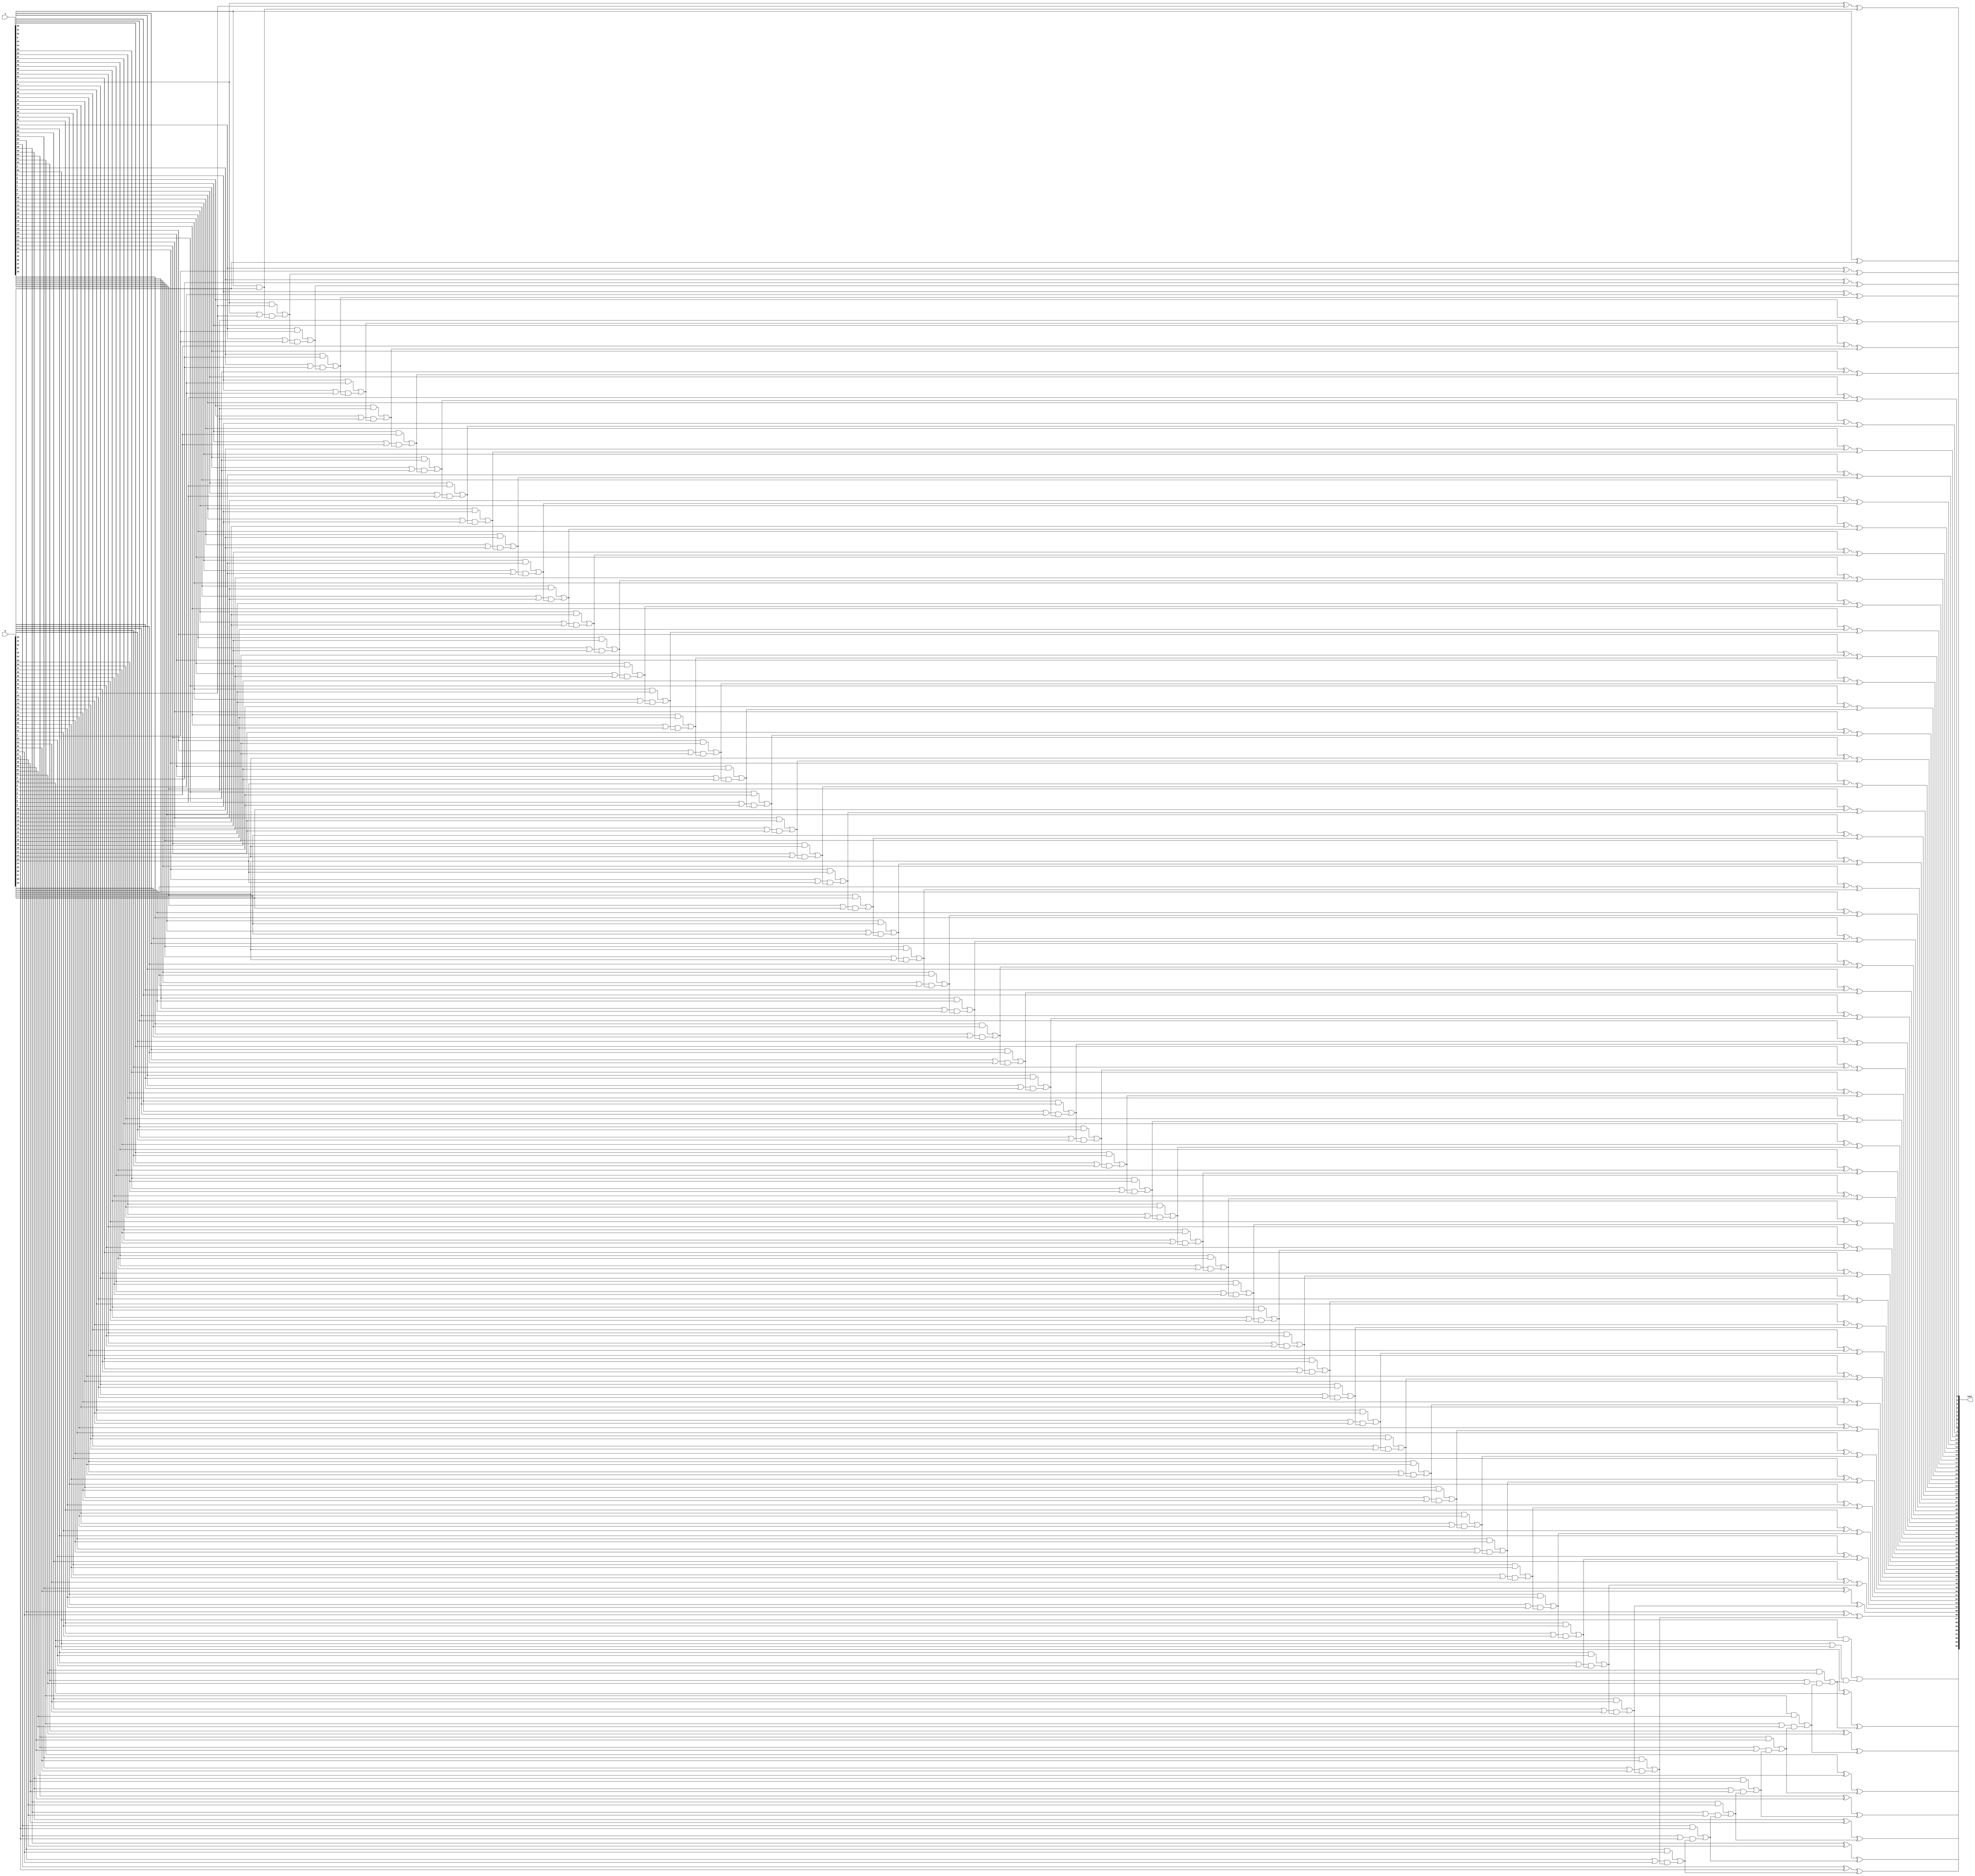
`timescale 1ns / 1ps
//ripple carry adder
module adder1(
	input [63:0]a,
	input [63:0]b,
	output reg [64:0]sout
);
	reg [64:0]cin_next=64'd0;
	always@(*)begin
sout[0] = a[0] ^ b[0] ^ cin_next[0];
cin_next[1] = (a[0] & b[0]) | ((a[0] | b[0]) & cin_next[0]);

sout[1] = a[1] ^ b[1] ^ cin_next[1];
cin_next[2] = (a[1] & b[1]) | ((a[1] | b[1]) & cin_next[1]);

sout[2] = a[2] ^ b[2] ^ cin_next[2];
cin_next[3] = (a[2] & b[2]) | ((a[2] | b[2]) & cin_next[2]);

sout[3] = a[3] ^ b[3] ^ cin_next[3];
cin_next[4] = (a[3] & b[3]) | ((a[3] | b[3]) & cin_next[3]);

sout[4] = a[4] ^ b[4] ^ cin_next[4];
cin_next[5] = (a[4] & b[4]) | ((a[4] | b[4]) & cin_next[4]);

sout[5] = a[5] ^ b[5] ^ cin_next[5];
cin_next[6] = (a[5] & b[5]) | ((a[5] | b[5]) & cin_next[5]);

sout[6] = a[6] ^ b[6] ^ cin_next[6];
cin_next[7] = (a[6] & b[6]) | ((a[6] | b[6]) & cin_next[6]);

sout[7] = a[7] ^ b[7] ^ cin_next[7];
cin_next[8] = (a[7] & b[7]) | ((a[7] | b[7]) & cin_next[7]);

sout[8] = a[8] ^ b[8] ^ cin_next[8];
cin_next[9] = (a[8] & b[8]) | ((a[8] | b[8]) & cin_next[8]);

sout[9] = a[9] ^ b[9] ^ cin_next[9];
cin_next[10] = (a[9] & b[9]) | ((a[9] | b[9]) & cin_next[9]);

sout[10] = a[10] ^ b[10] ^ cin_next[10];
cin_next[11] = (a[10] & b[10]) | ((a[10] | b[10]) & cin_next[10]);

sout[11] = a[11] ^ b[11] ^ cin_next[11];
cin_next[12] = (a[11] & b[11]) | ((a[11] | b[11]) & cin_next[11]);

sout[12] = a[12] ^ b[12] ^ cin_next[12];
cin_next[13] = (a[12] & b[12]) | ((a[12] | b[12]) & cin_next[12]);

sout[13] = a[13] ^ b[13] ^ cin_next[13];
cin_next[14] = (a[13] & b[13]) | ((a[13] | b[13]) & cin_next[13]);

sout[14] = a[14] ^ b[14] ^ cin_next[14];
cin_next[15] = (a[14] & b[14]) | ((a[14] | b[14]) & cin_next[14]);

sout[15] = a[15] ^ b[15] ^ cin_next[15];
cin_next[16] = (a[15] & b[15]) | ((a[15] | b[15]) & cin_next[15]);

sout[16] = a[16] ^ b[16] ^ cin_next[16];
cin_next[17] = (a[16] & b[16]) | ((a[16] | b[16]) & cin_next[16]);

sout[17] = a[17] ^ b[17] ^ cin_next[17];
cin_next[18] = (a[17] & b[17]) | ((a[17] | b[17]) & cin_next[17]);

sout[18] = a[18] ^ b[18] ^ cin_next[18];
cin_next[19] = (a[18] & b[18]) | ((a[18] | b[18]) & cin_next[18]);

sout[19] = a[19] ^ b[19] ^ cin_next[19];
cin_next[20] = (a[19] & b[19]) | ((a[19] | b[19]) & cin_next[19]);

sout[20] = a[20] ^ b[20] ^ cin_next[20];
cin_next[21] = (a[20] & b[20]) | ((a[20] | b[20]) & cin_next[20]);

sout[21] = a[21] ^ b[21] ^ cin_next[21];
cin_next[22] = (a[21] & b[21]) | ((a[21] | b[21]) & cin_next[21]);

sout[22] = a[22] ^ b[22] ^ cin_next[22];
cin_next[23] = (a[22] & b[22]) | ((a[22] | b[22]) & cin_next[22]);

sout[23] = a[23] ^ b[23] ^ cin_next[23];
cin_next[24] = (a[23] & b[23]) | ((a[23] | b[23]) & cin_next[23]);

sout[24] = a[24] ^ b[24] ^ cin_next[24];
cin_next[25] = (a[24] & b[24]) | ((a[24] | b[24]) & cin_next[24]);

sout[25] = a[25] ^ b[25] ^ cin_next[25];
cin_next[26] = (a[25] & b[25]) | ((a[25] | b[25]) & cin_next[25]);

sout[26] = a[26] ^ b[26] ^ cin_next[26];
cin_next[27] = (a[26] & b[26]) | ((a[26] | b[26]) & cin_next[26]);

sout[27] = a[27] ^ b[27] ^ cin_next[27];
cin_next[28] = (a[27] & b[27]) | ((a[27] | b[27]) & cin_next[27]);

sout[28] = a[28] ^ b[28] ^ cin_next[28];
cin_next[29] = (a[28] & b[28]) | ((a[28] | b[28]) & cin_next[28]);

sout[29] = a[29] ^ b[29] ^ cin_next[29];
cin_next[30] = (a[29] & b[29]) | ((a[29] | b[29]) & cin_next[29]);

sout[30] = a[30] ^ b[30] ^ cin_next[30];
cin_next[31] = (a[30] & b[30]) | ((a[30] | b[30]) & cin_next[30]);

sout[31] = a[31] ^ b[31] ^ cin_next[31];
cin_next[32] = (a[31] & b[31]) | ((a[31] | b[31]) & cin_next[31]);

sout[32] = a[32] ^ b[32] ^ cin_next[32];
cin_next[33] = (a[32] & b[32]) | ((a[32] | b[32]) & cin_next[32]);

sout[33] = a[33] ^ b[33] ^ cin_next[33];
cin_next[34] = (a[33] & b[33]) | ((a[33] | b[33]) & cin_next[33]);

sout[34] = a[34] ^ b[34] ^ cin_next[34];
cin_next[35] = (a[34] & b[34]) | ((a[34] | b[34]) & cin_next[34]);

sout[35] = a[35] ^ b[35] ^ cin_next[35];
cin_next[36] = (a[35] & b[35]) | ((a[35] | b[35]) & cin_next[35]);

sout[36] = a[36] ^ b[36] ^ cin_next[36];
cin_next[37] = (a[36] & b[36]) | ((a[36] | b[36]) & cin_next[36]);

sout[37] = a[37] ^ b[37] ^ cin_next[37];
cin_next[38] = (a[37] & b[37]) | ((a[37] | b[37]) & cin_next[37]);

sout[38] = a[38] ^ b[38] ^ cin_next[38];
cin_next[39] = (a[38] & b[38]) | ((a[38] | b[38]) & cin_next[38]);

sout[39] = a[39] ^ b[39] ^ cin_next[39];
cin_next[40] = (a[39] & b[39]) | ((a[39] | b[39]) & cin_next[39]);

sout[40] = a[40] ^ b[40] ^ cin_next[40];
cin_next[41] = (a[40] & b[40]) | ((a[40] | b[40]) & cin_next[40]);

sout[41] = a[41] ^ b[41] ^ cin_next[41];
cin_next[42] = (a[41] & b[41]) | ((a[41] | b[41]) & cin_next[41]);

sout[42] = a[42] ^ b[42] ^ cin_next[42];
cin_next[43] = (a[42] & b[42]) | ((a[42] | b[42]) & cin_next[42]);

sout[43] = a[43] ^ b[43] ^ cin_next[43];
cin_next[44] = (a[43] & b[43]) | ((a[43] | b[43]) & cin_next[43]);

sout[44] = a[44] ^ b[44] ^ cin_next[44];
cin_next[45] = (a[44] & b[44]) | ((a[44] | b[44]) & cin_next[44]);

sout[45] = a[45] ^ b[45] ^ cin_next[45];
cin_next[46] = (a[45] & b[45]) | ((a[45] | b[45]) & cin_next[45]);

sout[46] = a[46] ^ b[46] ^ cin_next[46];
cin_next[47] = (a[46] & b[46]) | ((a[46] | b[46]) & cin_next[46]);

sout[47] = a[47] ^ b[47] ^ cin_next[47];
cin_next[48] = (a[47] & b[47]) | ((a[47] | b[47]) & cin_next[47]);

sout[48] = a[48] ^ b[48] ^ cin_next[48];
cin_next[49] = (a[48] & b[48]) | ((a[48] | b[48]) & cin_next[48]);

sout[49] = a[49] ^ b[49] ^ cin_next[49];
cin_next[50] = (a[49] & b[49]) | ((a[49] | b[49]) & cin_next[49]);

sout[50] = a[50] ^ b[50] ^ cin_next[50];
cin_next[51] = (a[50] & b[50]) | ((a[50] | b[50]) & cin_next[50]);

sout[51] = a[51] ^ b[51] ^ cin_next[51];
cin_next[52] = (a[51] & b[51]) | ((a[51] | b[51]) & cin_next[51]);

sout[52] = a[52] ^ b[52] ^ cin_next[52];
cin_next[53] = (a[52] & b[52]) | ((a[52] | b[52]) & cin_next[52]);

sout[53] = a[53] ^ b[53] ^ cin_next[53];
cin_next[54] = (a[53] & b[53]) | ((a[53] | b[53]) & cin_next[53]);

sout[54] = a[54] ^ b[54] ^ cin_next[54];
cin_next[55] = (a[54] & b[54]) | ((a[54] | b[54]) & cin_next[54]);

sout[55] = a[55] ^ b[55] ^ cin_next[55];
cin_next[56] = (a[55] & b[55]) | ((a[55] | b[55]) & cin_next[55]);

sout[56] = a[56] ^ b[56] ^ cin_next[56];
cin_next[57] = (a[56] & b[56]) | ((a[56] | b[56]) & cin_next[56]);

sout[57] = a[57] ^ b[57] ^ cin_next[57];
cin_next[58] = (a[57] & b[57]) | ((a[57] | b[57]) & cin_next[57]);

sout[58] = a[58] ^ b[58] ^ cin_next[58];
cin_next[59] = (a[58] & b[58]) | ((a[58] | b[58]) & cin_next[58]);

sout[59] = a[59] ^ b[59] ^ cin_next[59];
cin_next[60] = (a[59] & b[59]) | ((a[59] | b[59]) & cin_next[59]);

sout[60] = a[60] ^ b[60] ^ cin_next[60];
cin_next[61] = (a[60] & b[60]) | ((a[60] | b[60]) & cin_next[60]);

sout[61] = a[61] ^ b[61] ^ cin_next[61];
cin_next[62] = (a[61] & b[61]) | ((a[61] | b[61]) & cin_next[61]);

sout[62] = a[62] ^ b[62] ^ cin_next[62];
cin_next[63] = (a[62] & b[62]) | ((a[62] | b[62]) & cin_next[62]);

sout[63] = a[63] ^ b[63] ^ cin_next[63];
sout[64] = (a[63] & b[63]) | ((a[63] | b[63]) & cin_next[63]);

end
endmodule